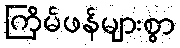
ကြိမ်ဖန်များစွာ